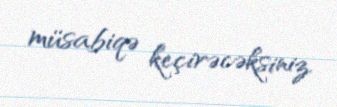
müsabiqə keçirəcəksiniz.